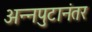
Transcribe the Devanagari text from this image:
अन्नपुटानंतर